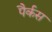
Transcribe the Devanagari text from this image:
पैर्कस